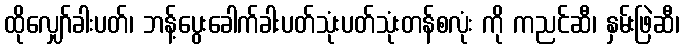
ထိုလျှော်ခါးပတ်၊ ဘန့်ပွေးခေါက်ခါးပတ်သုံးပတ်သုံးတန်စလုံး ကို ကညင်ဆီ၊ နှမ်းဖြဲဆီ၊